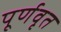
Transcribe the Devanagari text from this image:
पूर्णवृत